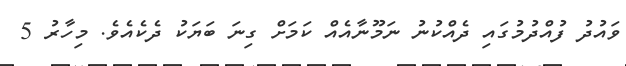
ވައުދު ފުއްދުމުގައި ދެއްކުނު ނަމޫނާއެއް ކަމަށް ގިނަ ބަޔަކު ދެކެއެވެ. މިހާރު 5